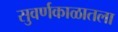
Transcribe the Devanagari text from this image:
सुवर्णकाळातला